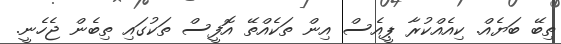
ތިބޭ ބަޔެއް. ކިއެއްކުރާ ޕީއެސް އިން ތަކެއްތޭ އޮފީސް ތަކުގައި ތިބެން ޖެހެނީ.